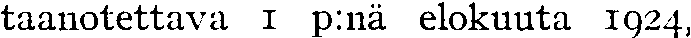
taanotettava 1 p:nä elokuuta 1924,